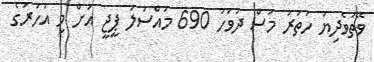
ވޭތުވެދިޔަ ހަތަރު މަސް ދުވަހު 690 މައްސަލަ ޕީޖީ އަށް މި އަހަރުގެ